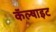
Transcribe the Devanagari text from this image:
कॅल्षाइट